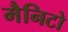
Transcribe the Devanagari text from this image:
मैनिटो